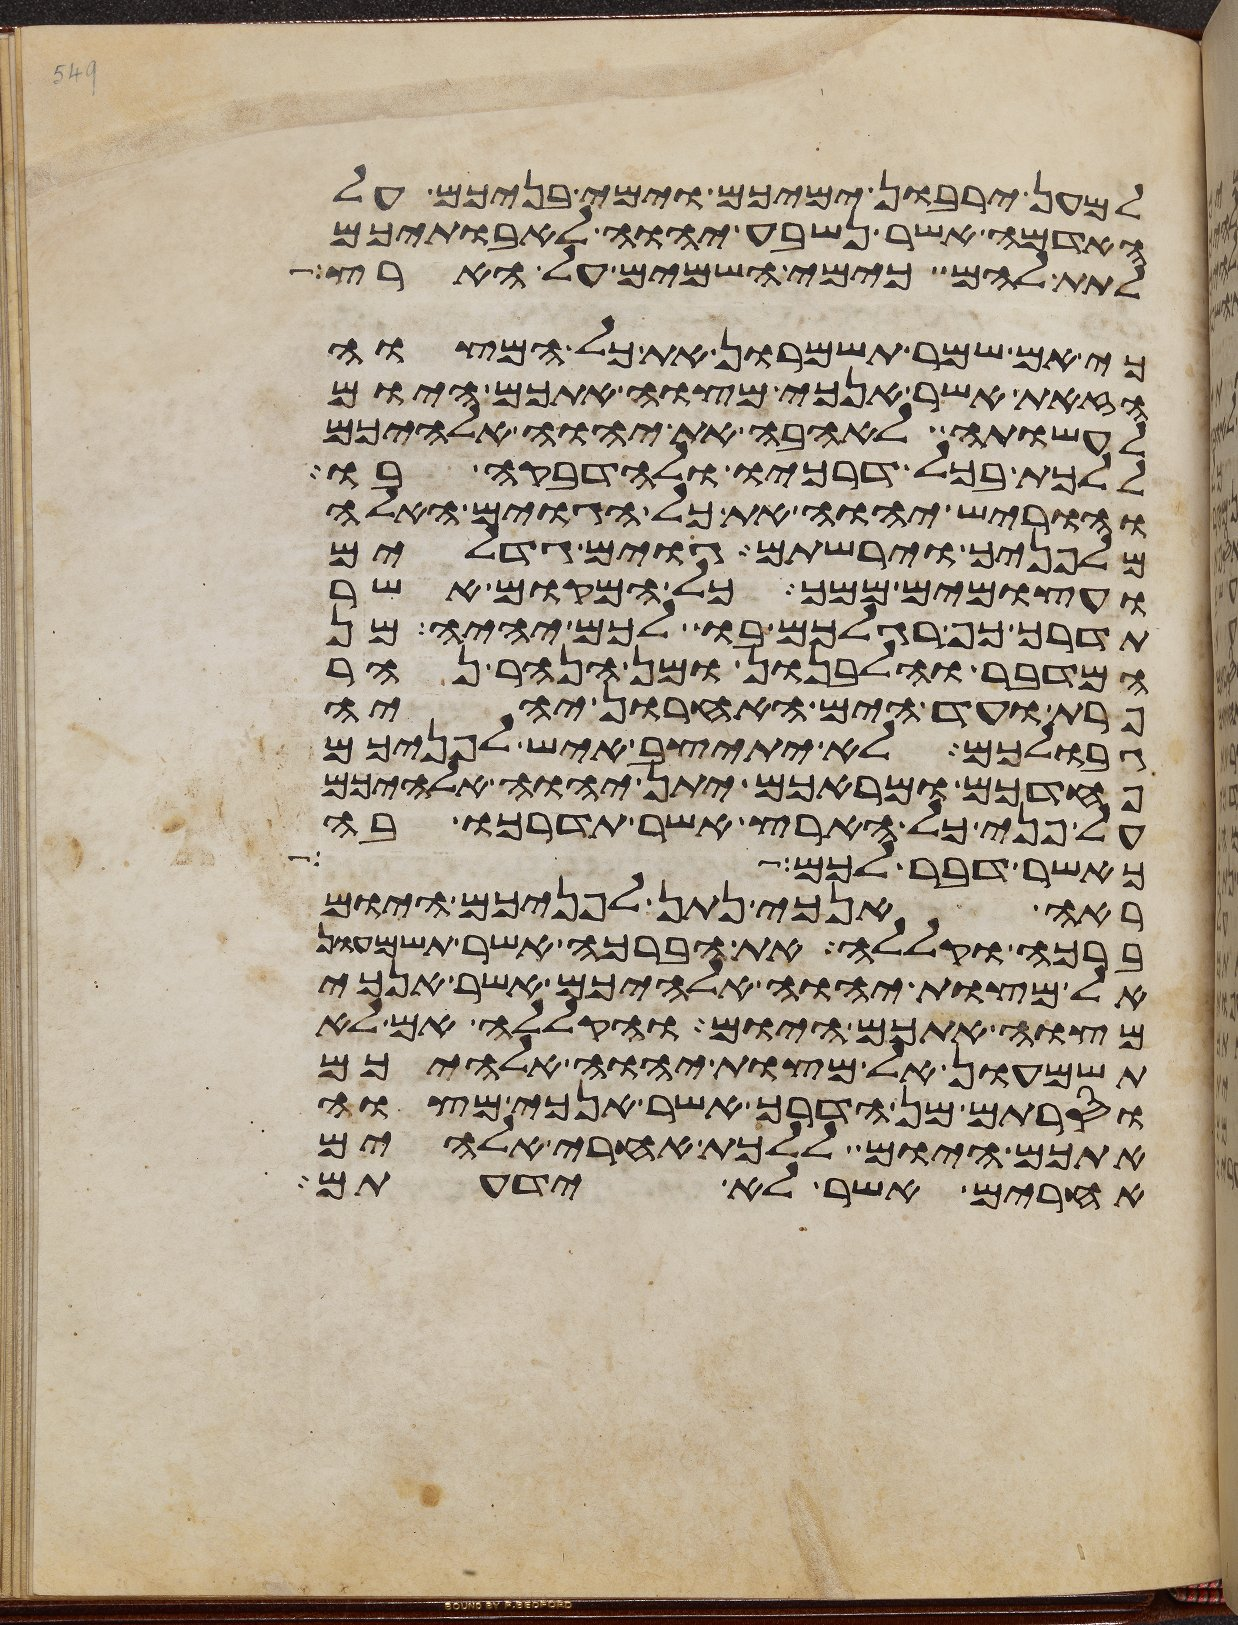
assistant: למען ירבון ימיכם וימי בניכם על
האדמה אשר נשבע יהוה לאבתיכם
לתת להם כימי השמים על הארץ
כי אם שמר תשמרון את כל המצוה
הזאת אשר אנכי מצוה אתכם היום
לעשותה לאהבה את יהוה אלהיכם
ללכת בכל דרכיו ולהדבקה בו
והוריש יהוה את כל הגוים האלה
מלפניך וירשתם גוים גדלים
ועצמים ממך כל המקום אשר
תדרך כף רגלכם בו לכם יהיה מן
המדבר והלבנון ומן הנהר נהר
פרת ועד הים האחרון יהיה
גבולכם לא יתיצב איש לפניכם
פחדכם ומראכם יתן יהוה אלהיכם
על פני כל הארץ אשר תדרכו בה
כאשר דבר לכם
ראה אנכי נתן לפניכם היום
ברכה וקללה את הברכה אשר תשמעון
אל מצות יהוה אלהיכם אשר אנכי
מצוה אתכם היום והקללה אם לא
תשמעון אל מצות יהוה אלהיכם
וסרתם מן הדרך אשר אנכי מצוה
אתכם היום ללכת אחרי אלהים
אחרים אשר לא ידעתם